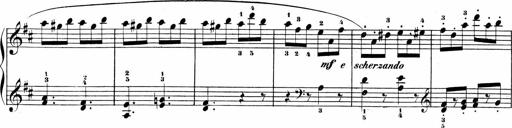
Title: Sonatinen Op.47, 98 und 136, nebst 6 Liedersonatinen
Composer: Carl Reinecke